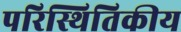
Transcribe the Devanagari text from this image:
परिस्थितिकीय